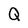
Character: Q